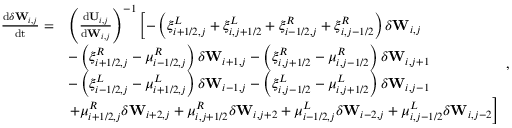
\begin{array} { r l } { \frac { \mathrm { d } \delta \mathbf { W } _ { i , j } } { \mathrm { d t } } = } & { \left( \frac { \mathrm { d } \mathbf { U } _ { i , j } } { \mathrm { d } { \mathbf { W } _ { i , j } } } \right) ^ { - 1 } \left[ - \left( \xi _ { i + 1 / 2 , j } ^ { L } + \xi _ { i , j + 1 / 2 } ^ { L } + \xi _ { i - 1 / 2 , j } ^ { R } + \xi _ { i , j - 1 / 2 } ^ { R } \right) \delta \mathbf { W } _ { i , j } \right. } \\ & { - \left( \xi _ { i + 1 / 2 , j } ^ { R } - \mu _ { i - 1 / 2 , j } ^ { R } \right) \delta \mathbf { W } _ { i + 1 , j } - \left( \xi _ { i , j + 1 / 2 } ^ { R } - \mu _ { i , j - 1 / 2 } ^ { R } \right) \delta \mathbf { W } _ { i , j + 1 } } \\ & { - \left( \xi _ { i - 1 / 2 , j } ^ { L } - \mu _ { i + 1 / 2 , j } ^ { L } \right) \delta \mathbf { W } _ { i - 1 , j } - \left( \xi _ { i , j - 1 / 2 } ^ { L } - \mu _ { i , j + 1 / 2 } ^ { L } \right) \delta \mathbf { W } _ { i , j - 1 } } \\ & { \left. + \mu _ { i + 1 / 2 , j } ^ { R } \delta \mathbf { W } _ { i + 2 , j } + \mu _ { i , j + 1 / 2 } ^ { R } \delta \mathbf { W } _ { i , j + 2 } + \mu _ { i - 1 / 2 , j } ^ { L } \delta \mathbf { W } _ { i - 2 , j } + \mu _ { i , j - 1 / 2 } ^ { L } \delta \mathbf { W } _ { i , j - 2 } \right] } \end{array} ,